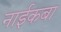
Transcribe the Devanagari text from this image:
नाईकबा